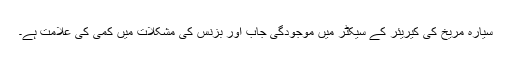
سیارہ مریخ کی کیریئر کے سیکٹر میں موجودگی جاب اور بزنس کی مشکلات میں کمی کی علامت ہے۔